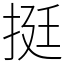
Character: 挺